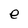
Character: e